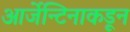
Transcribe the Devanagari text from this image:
आर्जेन्टिनाकडून